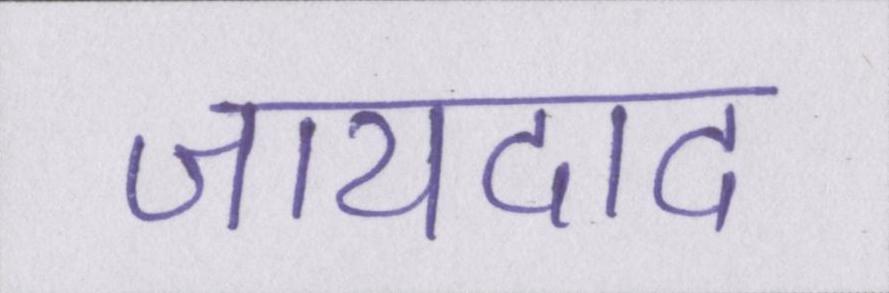
जायदाद